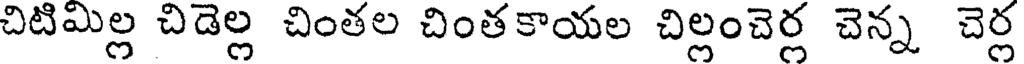
చిటిమిల్ల చిడెల్ల చింతల చింతకాయల చిల్లంచెర్ల చెన్న చెర్ల